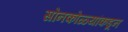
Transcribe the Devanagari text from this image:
सोनकोळ्यांकडून